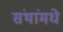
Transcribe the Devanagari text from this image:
संथांमधे